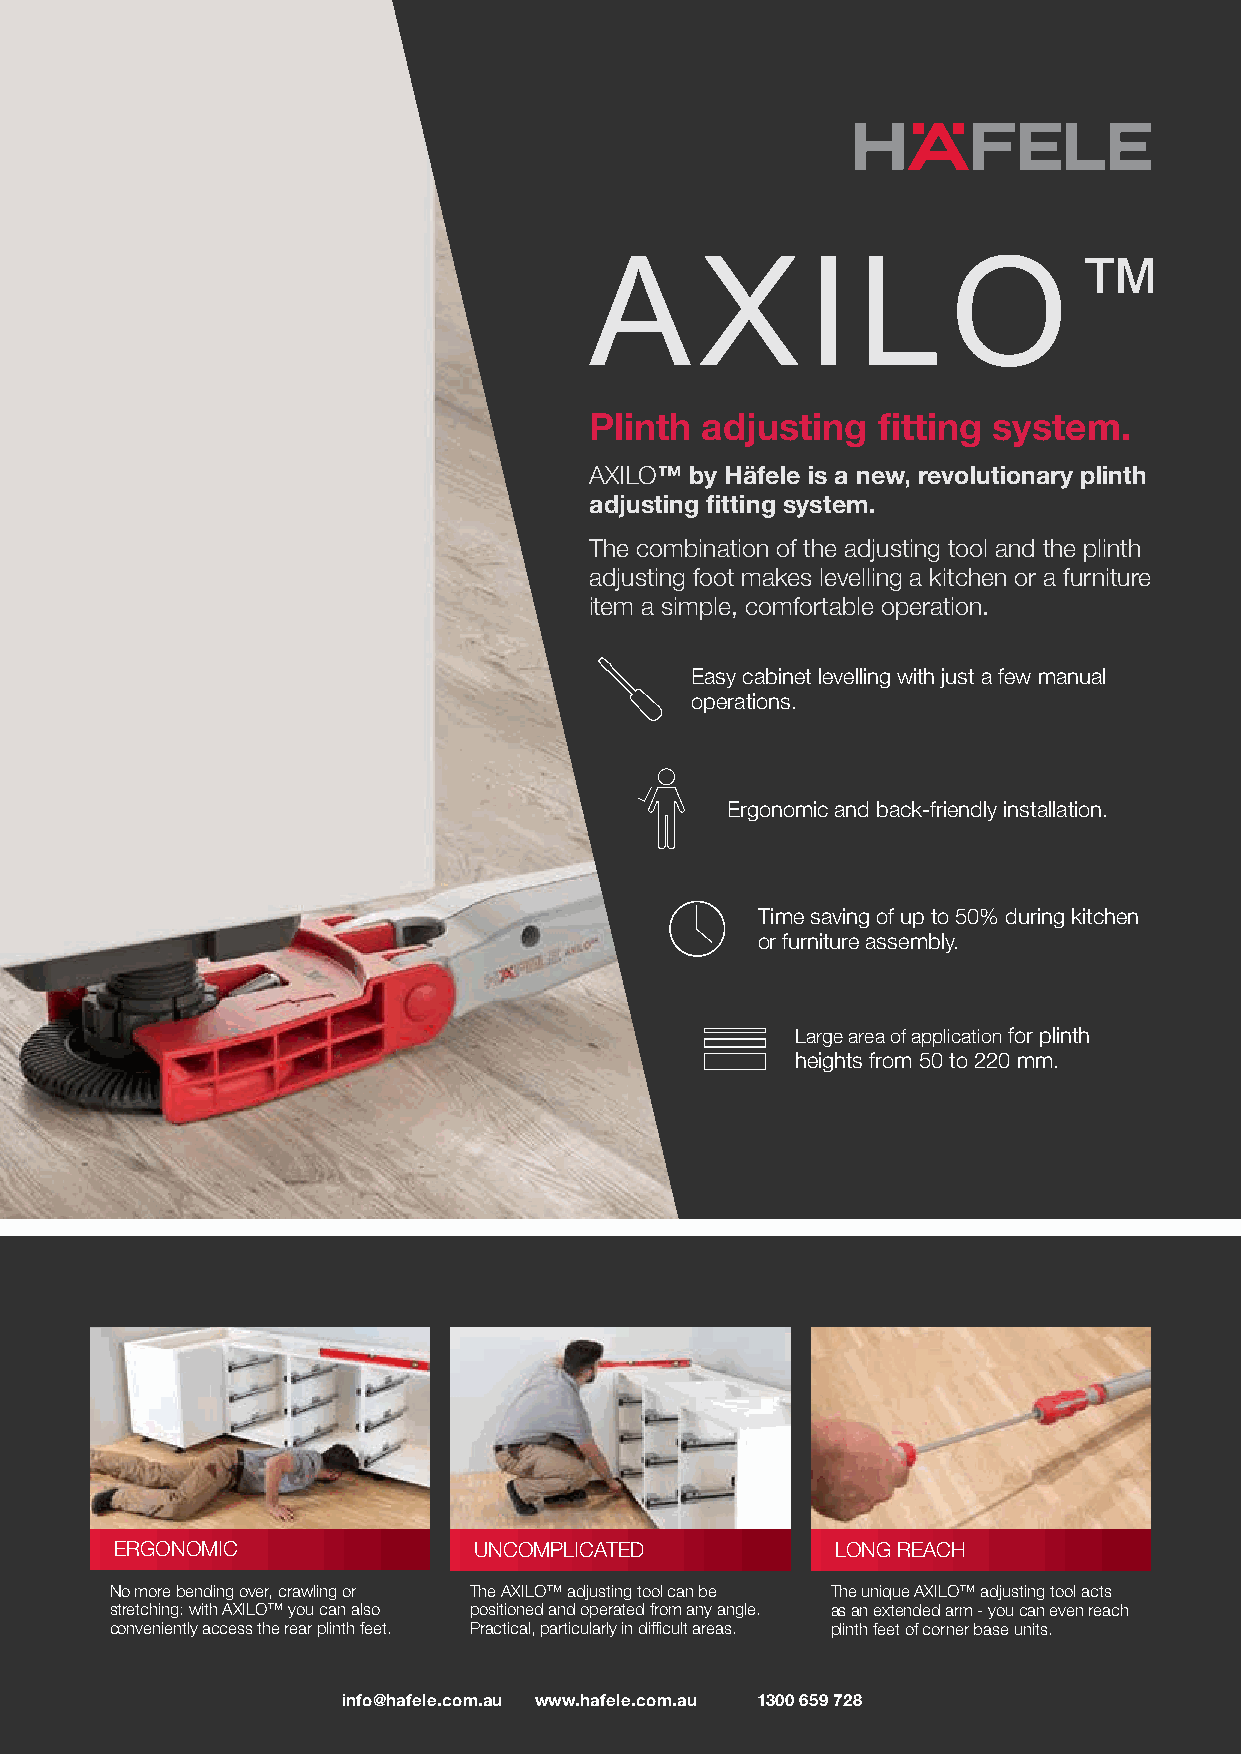
A      X      I   L     O       ™
 Plinth adjusting   fitting system.
 AXILO™ by Häfele is a new, revolutionary plinth
 adjusting fitting system.
 The combination of the adjusting tool and the plinth
 adjusting foot makes levelling a kitchen or a furniture
 item a simple, comfortable operation.
 Easy cabinet levelling with just a few manual
 operations.
 Ergonomic and back-friendly installation.
 Time saving of up to 50% during kitchen
 or furniture assembly.
 Large area of application for plinth
 heights from 50 to 220 mm.
 ERGONOMIC              UNCOMPLICATED           LONG REACH
 No more bending over, crawling or The AXILO™ adjusting tool can be The unique AXILO™ adjusting tool acts
 stretching: with AXILO™ you can also positioned and operated from any angle. as an extended arm - you can even reach
 conveniently access the rear plinth feet. Practical, particularly in difficult areas. plinth feet of corner base units.
 info@hafele.com.au www.hafele.com.au 1300 659 728